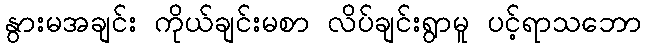
နွားမအချင်း ကိုယ်ချင်းမစာ လိပ်ချင်းရွာမူ ပင့်ရာသဘော